Scottish Leaving Certificate Examination, 1961
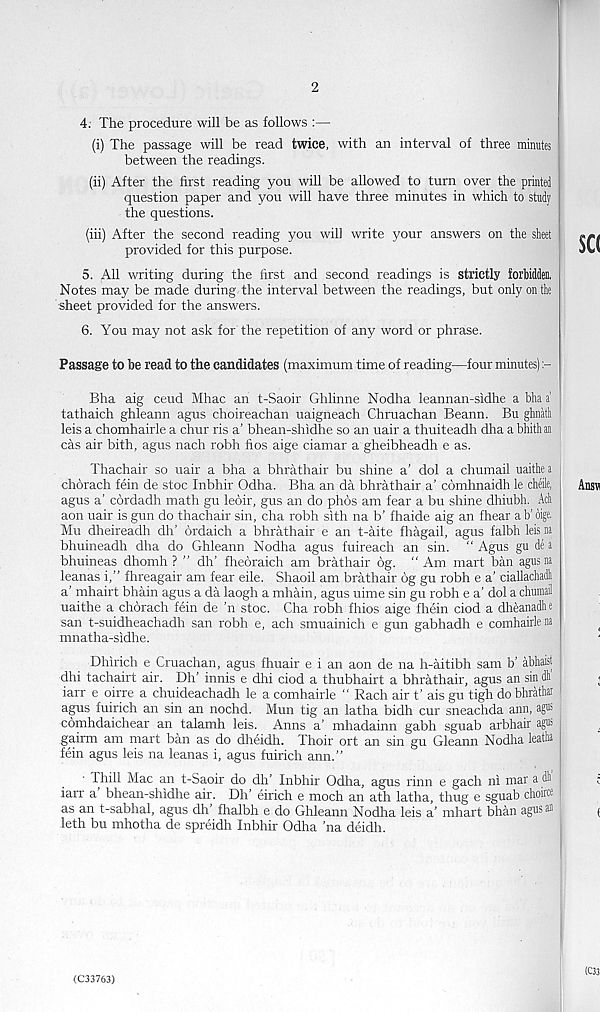
2
4. The procedure will be as follows :—
(i) The passage will be read twice, with an interval of three minutes
between the readings.
(ii) After the first reading you will be allowed to turn over the printed
question paper and you will have three minutes in which to study
the questions.
(hi) After the second reading you will write your answers on the sheet
provided for this purpose.
5. All writing during the first and second readings is strictly forbidden,
Notes may be made during the interval between the readings, but only on the
sheet provided for the answers.
6. You may not ask for the repetition of any word or phrase.
Passage to be read to the candidates (maximum time of reading—four minutes)
Bha aig ceud Mhac an t-Saoir Ghlinne Nodha leannan-sidhe a bha a'
tathaich ghleann agus choireachan uaigneach Chruachan Beann. Bu ghnath
leis a chomhairle a chur ris a’ bhean-shidhe so an uair a thuiteadh dha a bhith an
cas air bith, agus nach robh fios aige ciamar a gheibheadh e as.
Thachair so uair a bha a bhrathair bu shine a’ dol a chumail uaithea
chorach fein de stoc Inbhir Odha. Bha an da bhrathair a’ comhnaidh le cheile,
agus a’ cordadh math gu leoir, gus an do phos am fear a bu shine dhiubh. Acli
aon uair is gun do thachair sin, cha robh sith na b’ fhaide aig an fhear a b’ oige.
Mu dheireadh dh’ ordaich a bhrathair e an t-aite fhagail, agus falbh leis na
bhuineadh dha do Ghleann Nodha agus fuireach an sin. “ Agus gu de a
bhuineas dhomh ? ” dh’ fheoraich am brathair 6g. “Am mart ban agus na
leanas i,” fhreagair am fear eile. Shaoil am brathair 6g gu robh e a’ ciallachali
a’ mhairt bhain agus a da laogh a mhain, agus uime sin gu robh e a’ dol a chumail
uaithe a chorach fein de ’n stoc. Cha robh fhios aige fhein ciod a dheanadh e
san t-suidheachadh san robh e, ach smuainich e gun gabhadh e comhairle na
mnatha-sidhe.
Dhirich e Cruachan, agus fhuair e i an aon de na h-aitibh sam b’ abhaist
dhi tachairt air. Dh’ innis e dhi ciod a thubhairt a bhrathair, agus an sin dh
iarr e oirre a chuideachadh le a comhairle " Rach air t’ ais gu tigh do bhrathar
agus fuirich an sin an nochd. Mun tig an latha bidh cur sneachda aim, agns
comhdaichear an talamh leis. Anns a’ mhadainn gabh sguab arbhair agns
gairm am mart ban as do dheidh. Thoir ort an sin gu Gleann Nodha leatlu
fein agus leis na leanas i, agus fuirich ann."
Thill Mac an t-Saoir do dh’ Inbhir Odha, agus rinn e gach ni mar a dl>
iarr a’ bhean-shidhe air. Dh’ eirich e moch an ath latha, thug e sguab choirce
as an t-sabhal, agus dh’ fhalbh e do Ghleann Nodha leis a’ mhart bhan agus an
leth bu mhotha de spreidh Inbhir Odha ’na deidh.
(C33763)